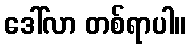
ဒေါ်လာ တစ်ရာပါ။